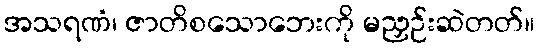
အသရဏံ၊ ဇာတိစသောဘေးကို မညှဉ်းဆဲတတ်။